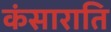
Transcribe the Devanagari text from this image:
कंसाराति